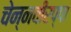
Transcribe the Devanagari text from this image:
चेन्नवीरप्पा